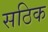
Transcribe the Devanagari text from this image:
सठिक